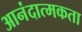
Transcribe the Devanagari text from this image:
आनंदात्मकता